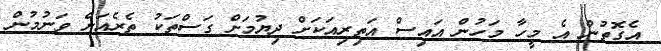
އެގޮތުން އެ މީހާ މަހުން އައިސް އަތިރިއަކަށް ދިޔުމަށް ގަސްތަކު ތެރެއަށް ވަނުމުން